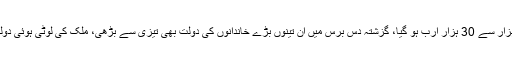
انہوں نے کہا کہ گزشتہ دس برس میں ملکی قرضہ چھ ہزار سے 30 ہزار ارب ہو گیا، گزشتہ دس برس میں ان تینوں بڑے خاندانوں کی دولت بھی تیزی سے بڑھی، ملک کی لوٹی ہوئی دولت منی لانڈرنگ کے ذریعے بیرون ملک منتقل کی گئی۔